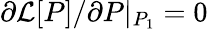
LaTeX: \partial\mathcal{L}[P]/\partial P|_{P_{1}}=0